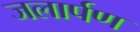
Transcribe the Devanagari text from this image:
जलार्पण